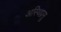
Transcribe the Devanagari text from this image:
अस्थिप्रसु